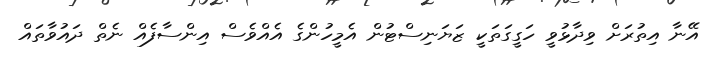
އޭނާ އިތުރަށް ވިދާޅުވީ ހަގީގަތަކީ ޒަޔަނިސްޓުން އެމީހުންގެ އެއްވެސް އިންސާފެއް ނެތް ދައުވާތައް